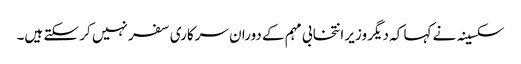
سکسینہ نے کہا کہ دیگر وزیر انتخابی مہم کے دوران سرکاری سفر نہیں کر سکتے ہیں۔